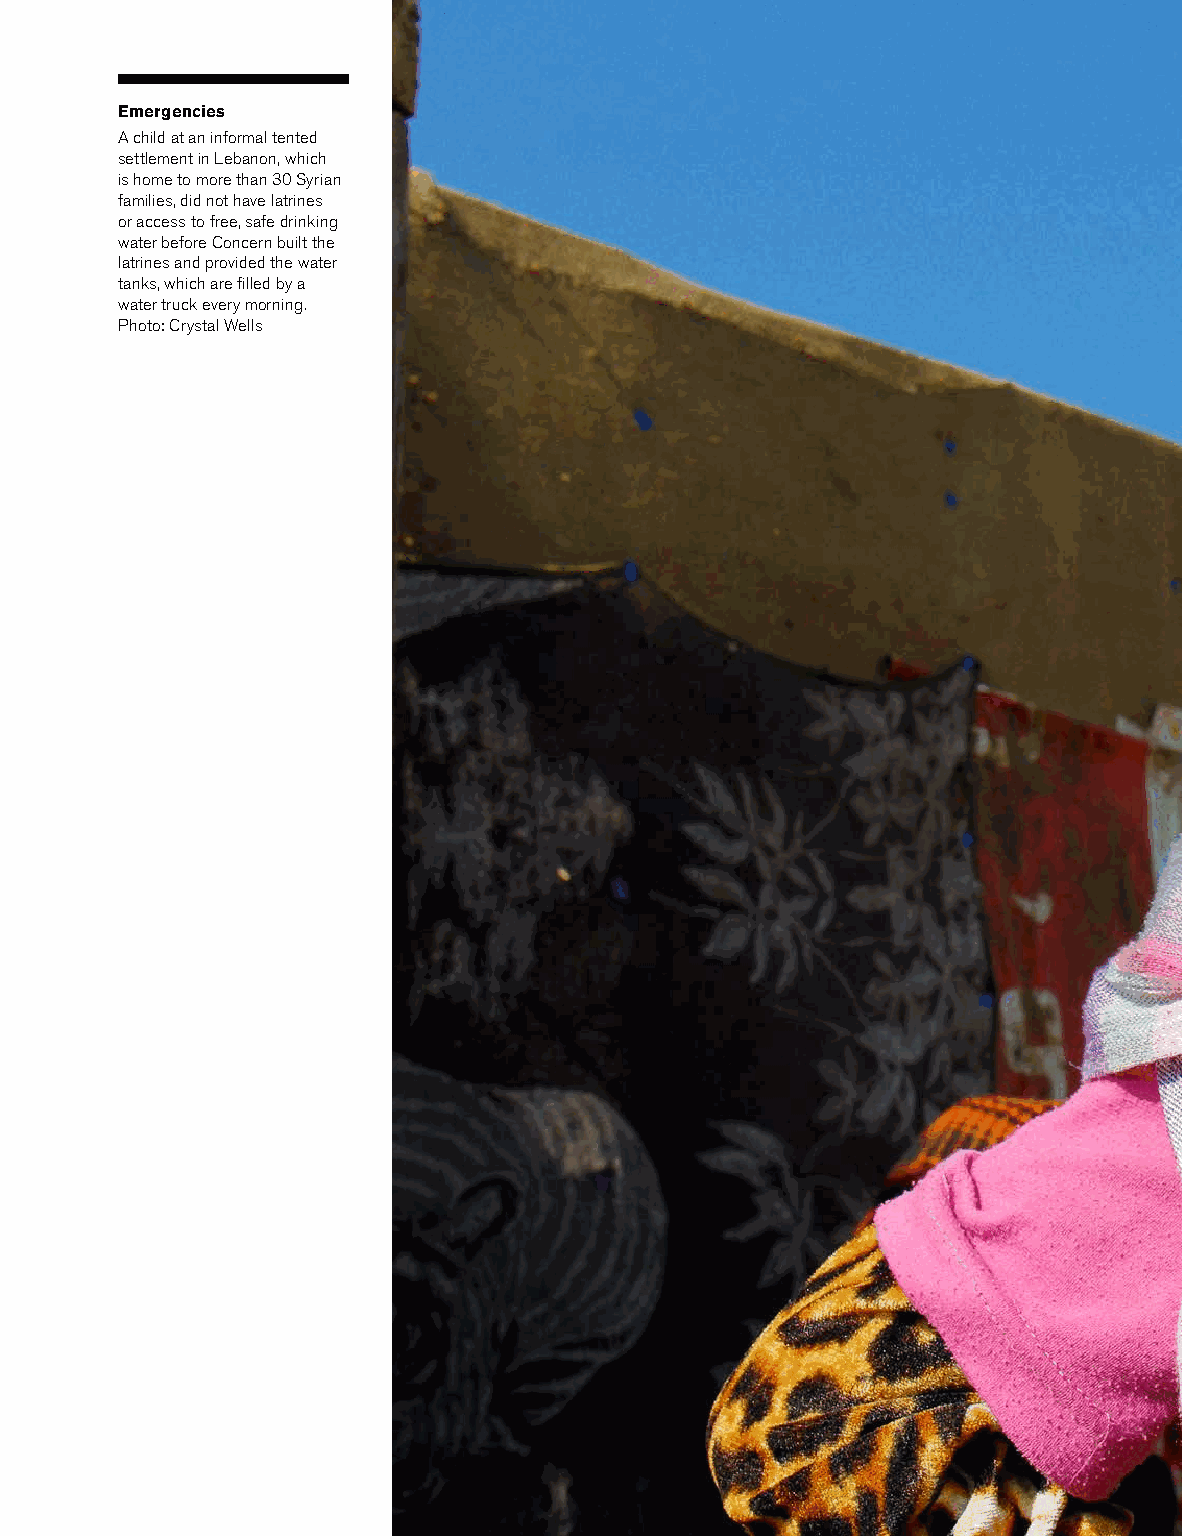
Emergencies
 A child at an informal tented
 settlement in Lebanon, which
 is home to more than 30 Syrian
 families, did not have latrines
 or access to free, safe drinking
 water before Concern built the
 latrines and provided the water
 tanks, which are filled by a
 water truck every morning.
 Photo: Crystal Wells
 Annual Report and Accounts 2013  40